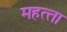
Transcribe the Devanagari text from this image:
महत्‍ता